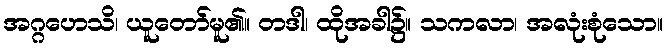
အဂ္ဂဟေသိ၊ ယူတော်မူ၏။ တဒါ၊ ထိုအခါ၌။ သကလာ၊ အလုံးစုံသော။